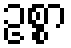
ဥစ္စာ